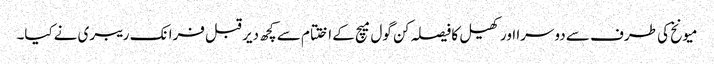
میونخ کی طرف سے دوسرا اور کھیل کا فیصلہ کن گول میچ کے اختتام سے کچھ دیر قبل فرانک ریبری نےکیا۔